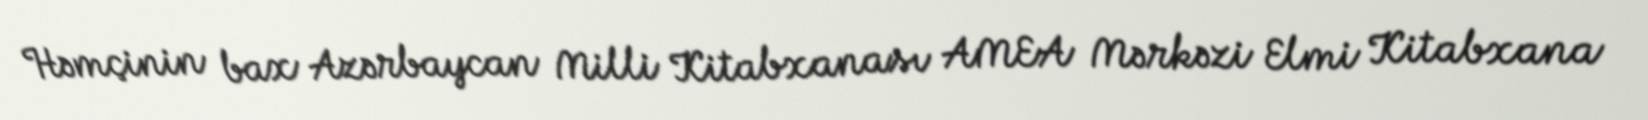
Həmçinin bax Azərbaycan Milli Kitabxanası AMEA Mərkəzi Elmi Kitabxana